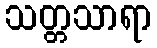
သတ္တသာရာ